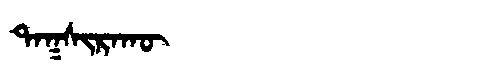
Manchu: ᡨᠠᡴᠰᡳᡵᠠᡴᡡ
Romanization: TAKSIRAKŪ